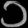
Digit: ၁